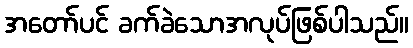
အတော်ပင် ခက်ခဲသောအလုပ်ဖြစ်ပါသည်။